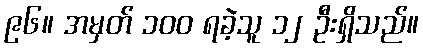
၉၆။ အမှတ် ၁၀၀ ရခဲ့သူ ၁၂ ဦးရှိသည်။